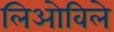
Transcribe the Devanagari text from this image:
लिओविले